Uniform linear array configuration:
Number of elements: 12
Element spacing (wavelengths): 1
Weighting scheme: binomial
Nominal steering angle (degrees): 30
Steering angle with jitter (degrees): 30.036
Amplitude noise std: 0.05
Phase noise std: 0.05

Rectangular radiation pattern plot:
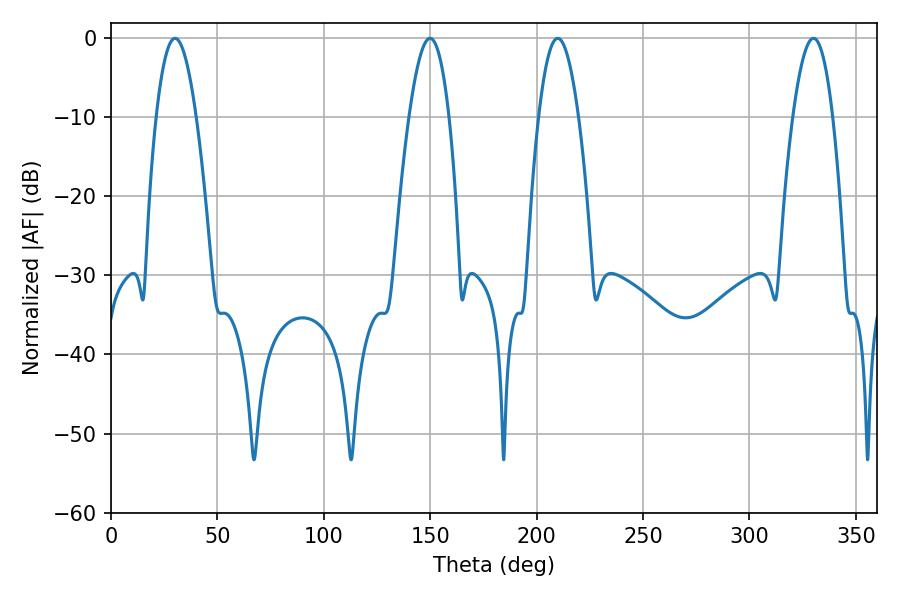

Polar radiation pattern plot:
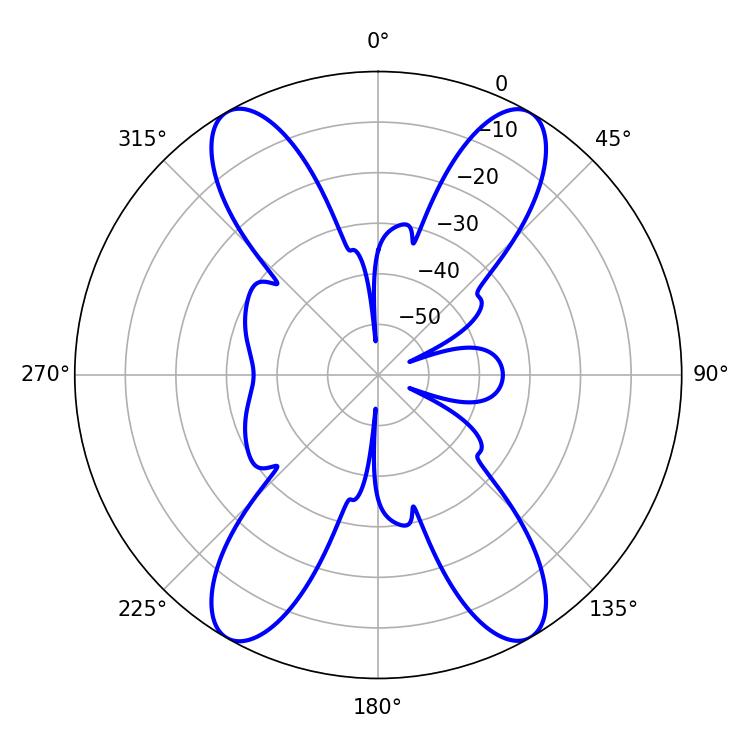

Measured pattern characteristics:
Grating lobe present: TRUE
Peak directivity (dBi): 30.883
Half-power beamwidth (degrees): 10.26
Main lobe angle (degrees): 209.88